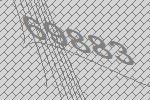
69883